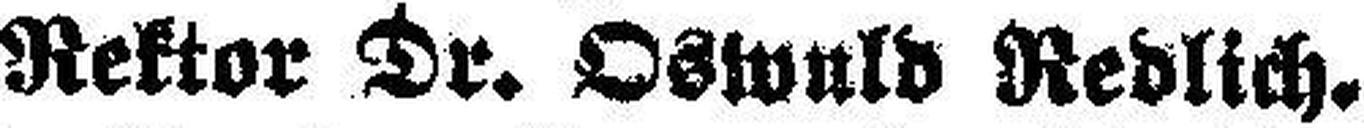
Rektor Dr. Oswald Redlich.